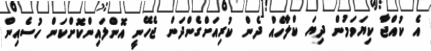
އެ ކުއްޖާ ކިޔަވަމުން ދިޔަ ކްލާހެއް ދެން ކުރިއަށްގެންދަން ޖެހޭނީ އޮންލައިންކޮށްކަން ހުސެއިން